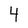
Character: 4